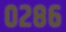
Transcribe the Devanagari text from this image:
०२८६